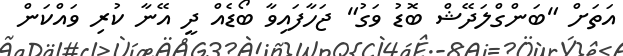
އަތަށް "ބަންގްލަދޭޝް ބޮޑު ވަގު" ޖަހާފައިވާ ބޯޑެއް ދީ އޭނާ ކުރި ވައްކަން